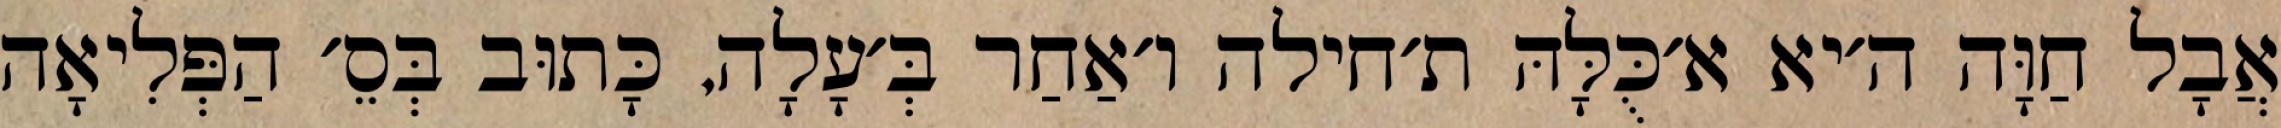
אֲבָל חַוָּה ה׳יא א׳כֻּלָּהּ ת׳חילה ו׳אַחַר בְּ׳עָלָה, כָּתוּב בְּסֵ׳ הַפְּלִיאָה